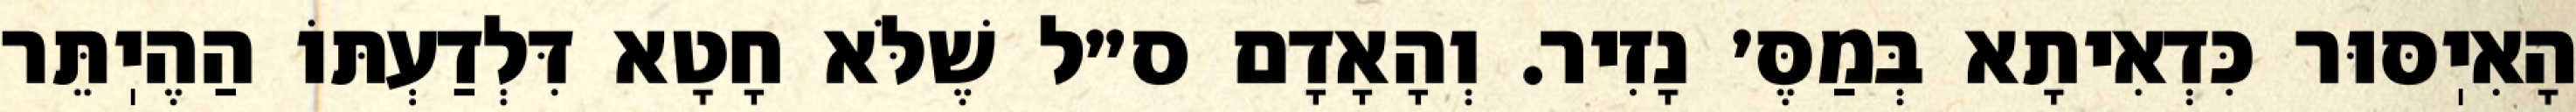
הָאִיֽסּוּר כִּדְאִיתָא בְּמַסֶּ׳ נָזִיר. וְהָאָדָם ס״ל שֶׁלֹּא חָטָא דִּלְדַעְתּוֹ הַהֶיֽתֵּר